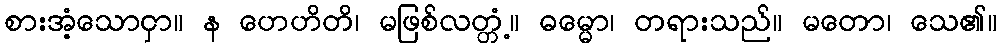
စားအံ့သောငှာ။ န ဟေဟိတိ၊ မဖြစ်လတ္တံ့။ ဓမ္မော၊ တရားသည်။ မတော၊ သေ၏။